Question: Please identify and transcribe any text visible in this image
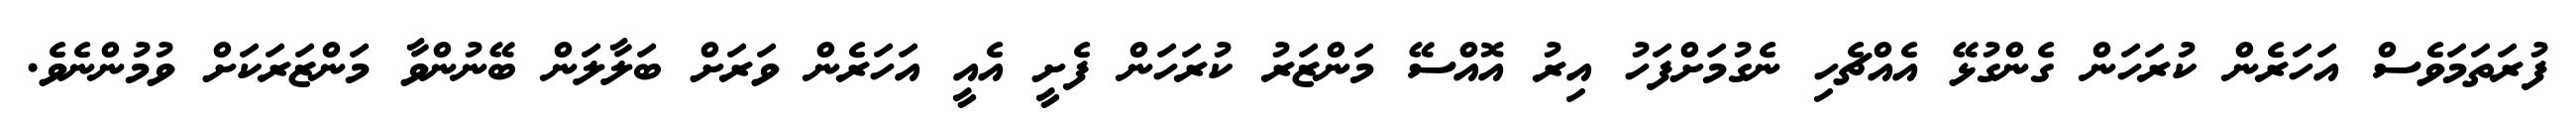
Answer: ފުރަތަމަވެސް އަހަރެން ކުރަހަން ގެންގުޅޭ އެއްޗެހި ނެގުމަށްފަހު އިރު އޮއްސޭ މަންޒަރު ކުރަހަން ފެށީ އެއީ އަހަރެން ވަރަށް ބަލާލަން ބޭނުންވާ މަންޒަރަކަށް ވުމުންނެވެ.